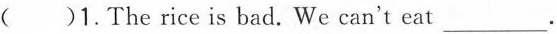
( )1.The rice is bad. We can't eat ___.